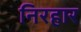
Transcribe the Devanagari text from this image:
निरहार